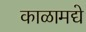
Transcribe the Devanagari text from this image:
काळामद्ये